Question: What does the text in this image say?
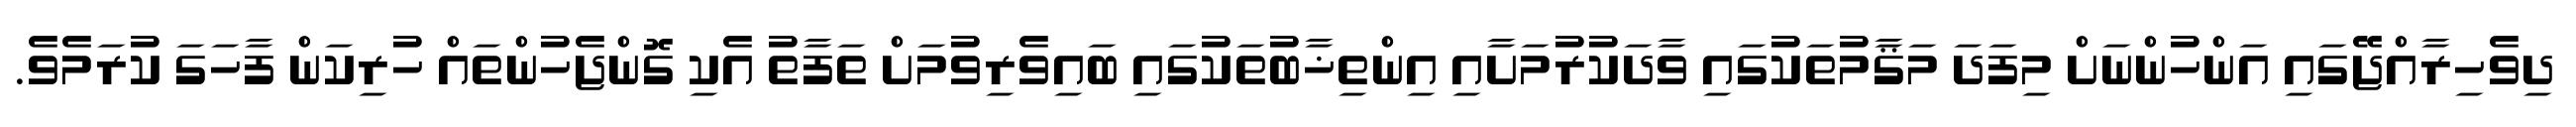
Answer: ދިވެހިރާއްޖޭގައި އަންހުންނަށް މިފަދަ މަޤާމުތަކުގައި ވާދަކުރުމަށާއި އިންތިޚާބުތަކުގައި ބައިވެރިވުމަށް ތަފާތު އެކި ގޮންޖެހުންތައް ހުރިކަން ފާހަގަ ކުރަމެވެ.